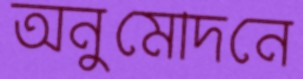
অনুমোদনে